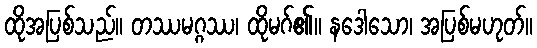
ထိုအပြစ်သည်။ တဿမဂ္ဂဿ၊ ထိုမဂ်၏။ နဒေါသော၊ အပြစ်မဟုတ်။